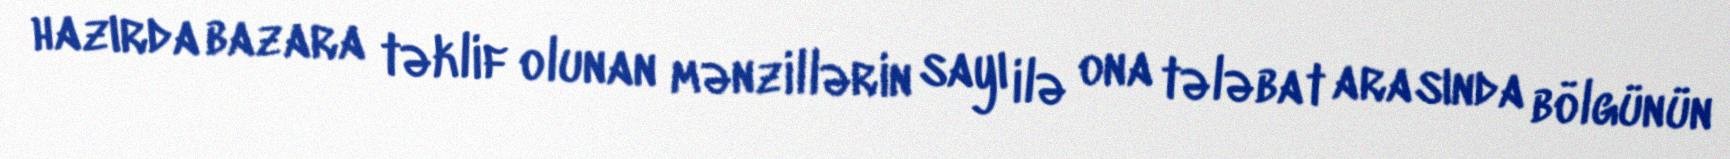
hazırda bazara təklif olunan mənzillərin sayı ilə ona tələbat arasında bölgünün